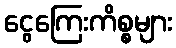
ငွေကြေးကိစ္စများ